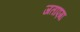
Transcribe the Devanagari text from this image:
जताएगा